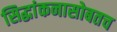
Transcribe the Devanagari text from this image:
सिद्धांकनासोबतच